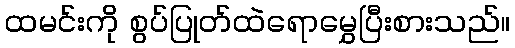
ထမင်းကို စွပ်ပြုတ်ထဲရောမွှေပြီးစားသည်။